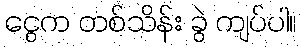
ငွေက တစ်သိန်း ခွဲ ကျပ်ပါ။